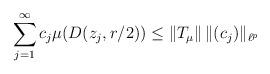
LaTeX: \begin{align*} \sum_{j=1}^\infty c_j\mu(D(z_j,r/2)) \leq \left\|T_\mu\right\| \|(c_j)\|_{\ell^p} \end{align*}